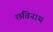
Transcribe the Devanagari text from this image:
छविनाथ